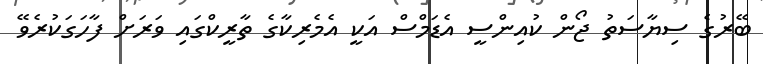
ބޭރުގެ ސިޔާސަތު ޖޯން ކުއިންސީ އެޑަމްސް އަކީ އެމެރިކާގެ ތާރީކްގައި ވަރަށް ފާހަގަކުރެވޭ